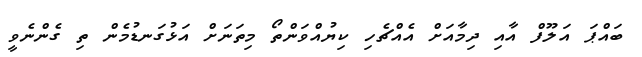
ބައްޕަ އަލޫފް އާއި ދިމާއަށް އެއްޗެހި ކިޔުއްވަންތޯ މިތަނަށް އަޅުގަނޑުމެން ތި ގެންނެވީ